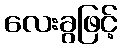
လေးခွဖြင့်